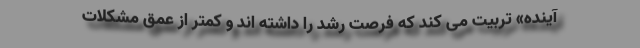
آینده» تربیت می کند که فرصت رشد را داشته اند و کمتر از عمق مشکلات